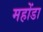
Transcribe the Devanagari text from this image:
महोंडा